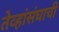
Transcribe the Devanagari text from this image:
तेव्हांसंघाची